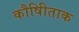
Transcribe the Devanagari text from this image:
कौषीिताक